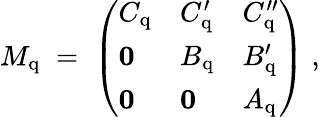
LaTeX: M_{\mathrm{q}}\; =\; \left(\begin{array}{lll}{{C_{\mathrm{q}}}}&{{C_{\mathrm{q}}^{\prime}}}&{{C_{\mathrm{q}}^{\prime\prime}}}\\ {{{\mathbf 0}}}&{{B_{\mathrm{q}}}}&{{B_{\mathrm{q}}^{\prime}}}\\ {{{\mathbf 0}}}&{{{\mathbf 0}}}&{{A_{\mathrm{q}}}}\end{array}\right)\; ,